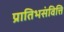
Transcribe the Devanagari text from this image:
प्रातिभसंवित्ति